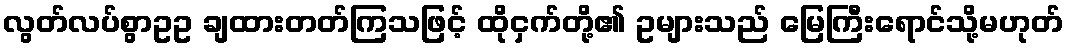
လွတ်လပ်စွာဥဥ ချထားတတ်ကြသဖြင့် ထိုငှက်တို့၏ ဥများသည် မြေကြီးရောင်သို့မဟုတ်